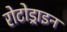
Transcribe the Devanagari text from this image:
रोटोड्राइन